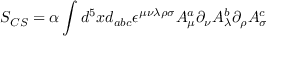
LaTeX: S _ { C S } = \alpha \int d ^ { 5 } x d _ { a b c } \epsilon ^ { \mu \nu \lambda \rho \sigma } A _ { \mu } ^ { a } \partial _ { \nu } A _ { \lambda } ^ { b } \partial _ { \rho } A _ { \sigma } ^ { c }